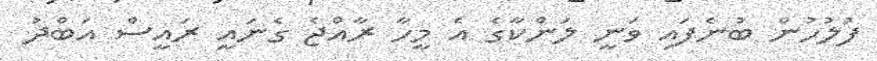
ފުލުހުން ބުނެފައި ވަނީ ލަންކާގެ އެ މީހާ ރާއްޖެ ގެނައީ ރައީސް އަބްދު